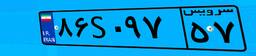
۸۶S۰۹۷۵۷